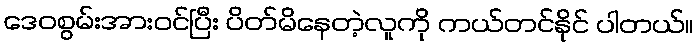
ဒေဝစွမ်းအားဝင်ပြီး ပိတ်မိနေတဲ့လူကို ကယ်တင်နိုင် ပါတယ်။